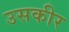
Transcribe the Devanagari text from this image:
उसकीर